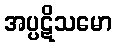
အပ္ပဋိသမော